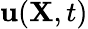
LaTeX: {\mathbf u}({\mathbf X},t)